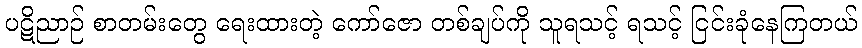
ပဋိညာဉ် စာတမ်းတွေ ရေးထားတဲ့ ကော်ဇော တစ်ချပ်ကို သူရသင့် ရသင့် ငြင်းခုံနေကြတယ်